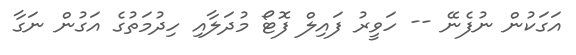
އަގަކުން ނުފެނޭ -- ހަވީރު ފައިލް ފޮޓޯ މުދަލާއި ހިދުމަތުގެ އަގުން ނަގާ